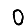
Digit: 0